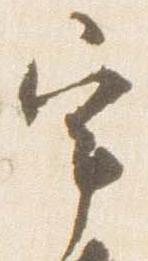
宰